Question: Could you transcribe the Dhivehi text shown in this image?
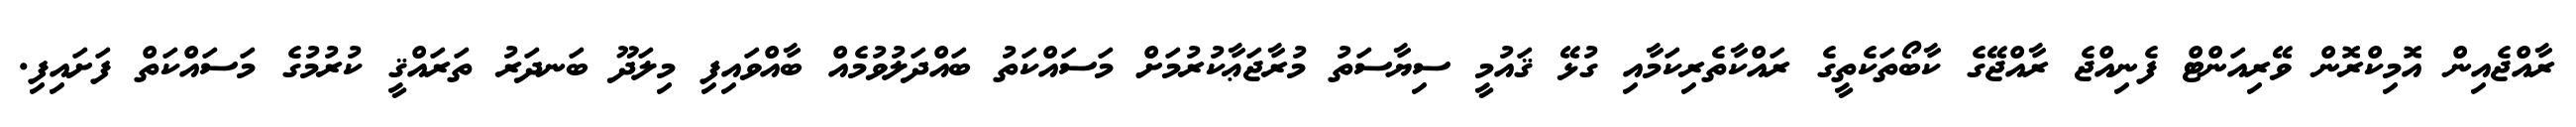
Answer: ރާއްޖެއިން އޮމިކްރޮން ވޭރިއަންޓް ފެނިއްޖެ ރާއްޖޭގެ ކާބޯތަކެތީގެ ރައްކާތެރިކަމާއި ގުޅޭ ޤައުމީ ސިޔާސަތު މުރާޖަޢާކުރުމަށް މަސައްކަތު ބައްދަލުވުމެއް ބާއްވައިފި މިލަދޫ ބަނދަރު ތަރައްޤީ ކުރުމުގެ މަސައްކަތް ފަށައިފި.